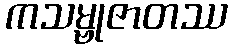
ကသမ္ဗုဇာတဿ